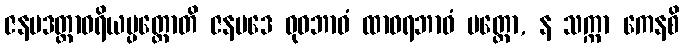
ဇနပဒတ္ထာဝရိယပ္ပတ္တောတိ ဇနပဒေ ဓုဝဘာဝံ ထာဝရဘာဝံ ပတ္တော, န သက္ကာ ကေနစိ